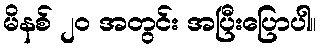
မိနစ် ၂၀ အတွင်း အပြီးပြောပါ။